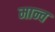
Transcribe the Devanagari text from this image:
मान्व